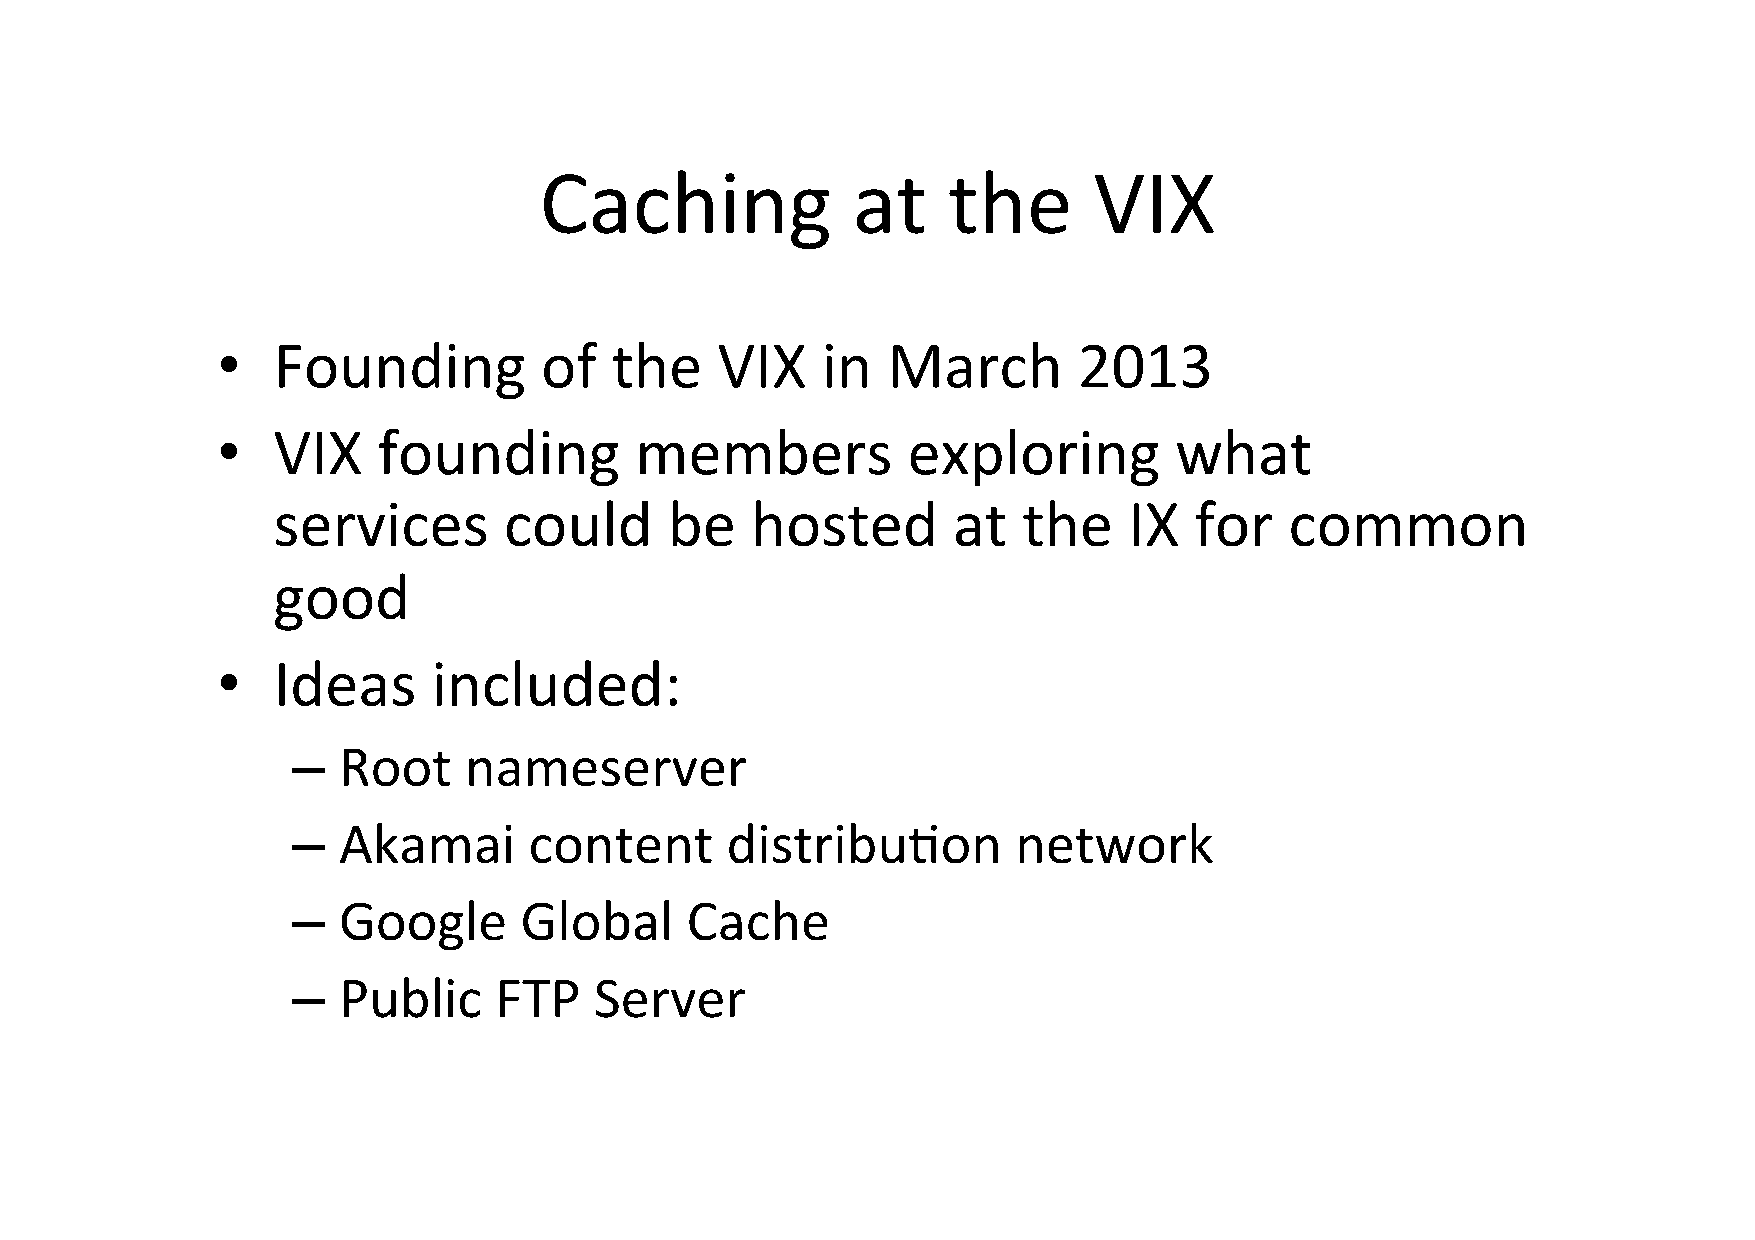
Caching             at     the      VIX
 •   Founding          of  the    VIX    in   March       2013
 •   VIX    founding         members           exploring         what
 services       could      be    hosted       at   the    IX  for   common
 good
 •   Ideas      included:
 –  Root     nameserver
 –  Akamai       content      distribuJon        network
 –  Google      Global     Cache
 –  Public     FTP   Server